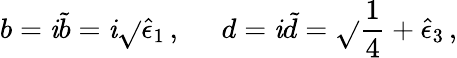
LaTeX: b=\mathit{i}\tilde{{b}}=\mathit{i}\sqrt{}{{\hat{{\epsilon}}_{1}}}\, ,\; \; \; \; \; d=\mathit{i}\tilde{{d}}=\sqrt{}{{\frac{{1}}{{4}}+\hat{{\epsilon}}_{3}}}\, ,